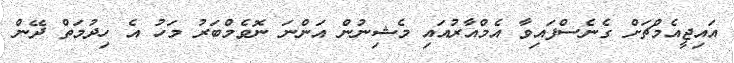
އައިޖީއެމްޗަށް ގެނެސްފައިވާ އެމްއާރުއައި މެޝިނުން އަންނަ ނޮވެމްބަރު މަހު އެ ހިދުމަތް ދޭން